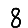
Digit: 8